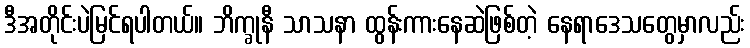
ဒီအတိုင်းပဲမြင်ရပါတယ်။ ဘိက္ခုနီ သာသနာ ထွန်းကားနေဆဲဖြစ်တဲ့ နေရာဒေသတွေမှာလည်း